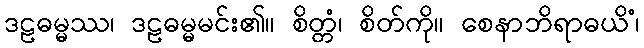
ဒဠဓမ္မဿ၊ ဒဠဓမ္မမင်း၏။ စိတ္တံ၊ စိတ်ကို။ စေနာဘိရာဓယိံ၊